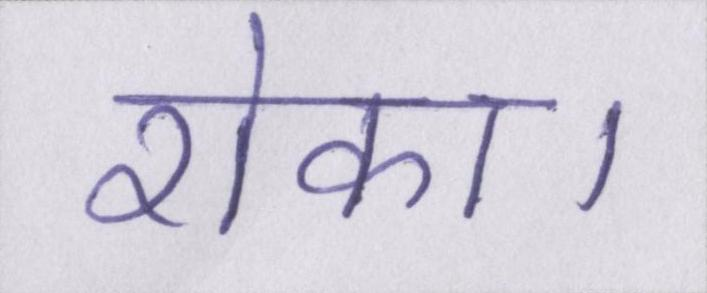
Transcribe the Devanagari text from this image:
रोका।